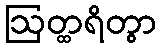
ဩတ္ထရိတွာ